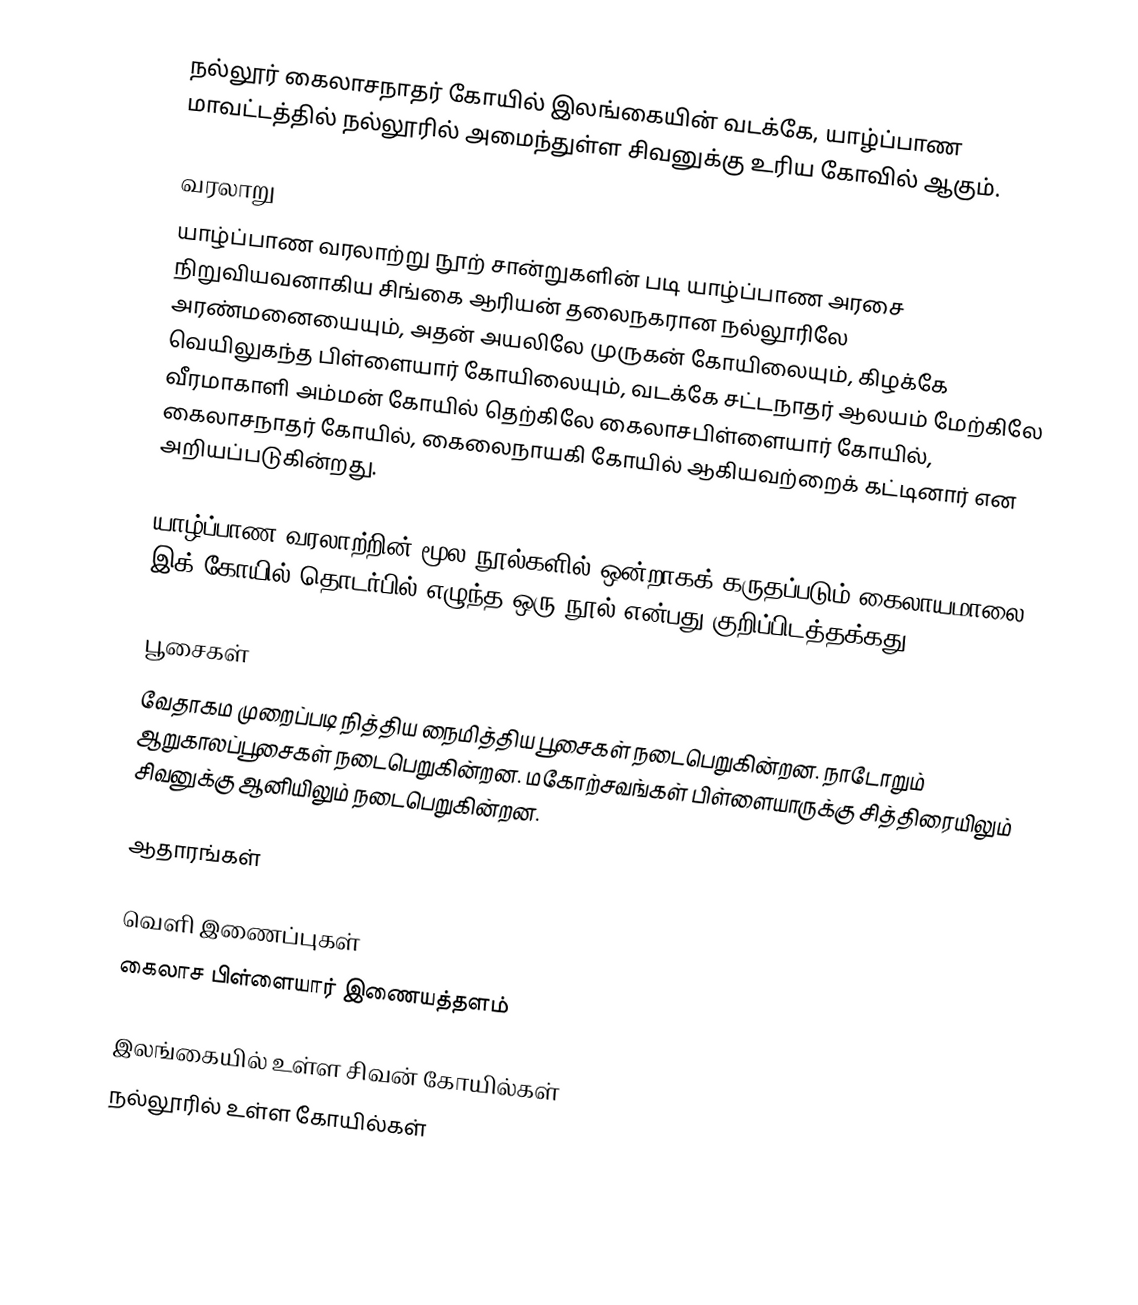
நல்லூர் கைலாசநாதர் கோயில் இலங்கையின் வடக்கே, யாழ்ப்பாண மாவட்டத்தில் நல்லூரில் அமைந்துள்ள சிவனுக்கு உரிய கோவில் ஆகும்.

வரலாறு
யாழ்ப்பாண வரலாற்று நூற் சான்றுகளின் படி யாழ்ப்பாண அரசை நிறுவியவனாகிய சிங்கை ஆரியன் தலைநகரான நல்லூரிலே அரண்மனையையும், அதன் அயலிலே முருகன் கோயிலையும், கிழக்கே வெயிலுகந்த பிள்ளையார் கோயிலையும், வடக்கே சட்டநாதர் ஆலயம் மேற்கிலே வீரமாகாளி அம்மன் கோயில்  தெற்கிலே கைலாசபிள்ளையார் கோயில், கைலாசநாதர் கோயில், கைலைநாயகி கோயில் ஆகியவற்றைக் கட்டினார் என அறியப்படுகின்றது.

யாழ்ப்பாண வரலாற்றின் மூல நூல்களில் ஒன்றாகக் கருதப்படும் கைலாயமாலை இக் கோயில் தொடர்பில் எழுந்த ஒரு நூல் என்பது குறிப்பிடத்தக்கது.

பூசைகள்
வேதாகம முறைப்படி நித்திய நைமித்திய பூசைகள் நடைபெறுகின்றன. நாடோறும் ஆறுகாலப்பூசைகள் நடைபெறுகின்றன. மகோற்சவங்கள் பிள்ளையாருக்கு சித்திரையிலும் சிவனுக்கு ஆனியிலும் நடைபெறுகின்றன.

ஆதாரங்கள்

வெளி இணைப்புகள்
கைலாச பிள்ளையார் இணையத்தளம்

இலங்கையில் உள்ள சிவன் கோயில்கள்
நல்லூரில் உள்ள கோயில்கள்